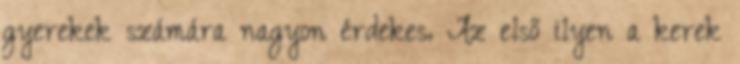
gyerekek számára nagyon érdekes. Az első ilyen a kerek